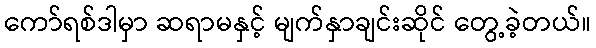
ကော်ရစ်ဒါမှာ ဆရာမနှင့် မျက်နှာချင်းဆိုင် တွေ့ခဲ့တယ်။